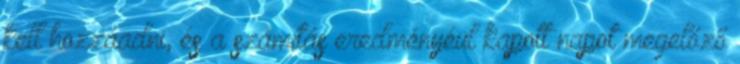
kell hozzáadni, és a számítás eredményéül kapott napot megelőző